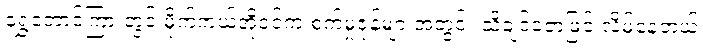
ရွှေတောင်ကြားတွင် မိုက်ကယ်အိုဝင်က စက်မှုဇုန်များအတွင်း သိချင်ဇောဖြင့် လိမ်နေတယ်